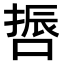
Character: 𠺃